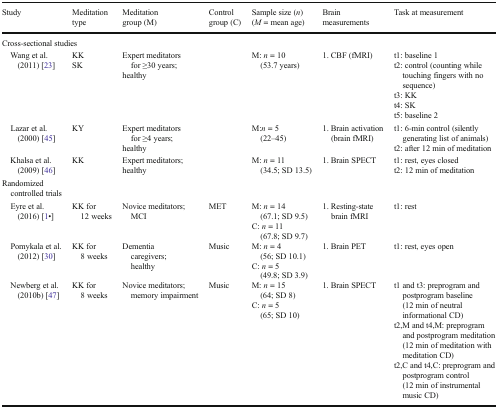
<table><thead><tr><td><b>Study</b></td><td><b>Meditation type</b></td><td><b>Meditation group (M)</b></td><td><b>Control group (C)</b></td><td><b>Sample size (<i>n</i>) (<i>M</i> = mean age)</b></td><td><b>Brain measurements</b></td><td><b>Task at measurement</b></td></tr></thead><tbody><tr><td colspan="7">Cross-sectional studies</td></tr><tr><td> Wang et al. (2011) [23]</td><td>KKSK</td><td>Expert meditators for ≥30 years;healthy</td><td></td><td>M: <i>n</i> = 10 (53.7 years)</td><td>1. CBF (fMRI)</td><td>t1: baseline 1t2: control (counting while touching fingers with no sequence)t3: KKt4: SKt5: baseline 2</td></tr><tr><td> Lazar et al. (2000) [45]</td><td>KY</td><td>Expert meditators for ≥4 years;healthy</td><td></td><td>M:<i>n</i> = 5 (22–45)</td><td>1. Brain activation (brain fMRI)</td><td>t1: 6-min control (silently generating list of animals)t2: after 12 min of meditation</td></tr><tr><td> Khalsa et al. (2009) [46]</td><td>KK</td><td>Expert meditators;healthy</td><td></td><td>M: <i>n</i> = 11 (34.5; SD 13.5)</td><td>1. Brain SPECT</td><td>t1: rest, eyes closedt2: 12 min of meditation</td></tr><tr><td colspan="7">Randomized controlled trials</td></tr><tr><td> Eyre et al. (2016) [1•]</td><td>KK for 12 weeks</td><td>Novice meditators; MCI</td><td>MET</td><td>M: <i>n</i> = 14 (67.1; SD 9.5)C: <i>n</i> = 11 (67.8; SD 9.7)</td><td>1. Resting-state brain fMRI</td><td>t1: rest</td></tr><tr><td> Pomykala et al. (2012) [30]</td><td>KK for 8 weeks</td><td>Dementia caregivers; healthy</td><td>Music</td><td>M: <i>n</i> = 4 (56; SD 10.1)C: <i>n</i> = 5 (49.8; SD 3.9)</td><td>1. Brain PET</td><td>t1: rest, eyes open</td></tr><tr><td> Newberg et al. (2010b) [47]</td><td>KK for 8 weeks</td><td>Novice meditators; memory impairment</td><td>Music</td><td>M: <i>n</i> = 15 (64; SD 8)C: <i>n</i> = 5 (65; SD 10)</td><td>1. Brain SPECT</td><td>t1 and t3: preprogram and postprogram baseline (12 min of neutral informational CD)t2,M and t4,M: preprogram and postprogram meditation (12 min of meditation with meditation CD)t2,C and t4,C: preprogram and postprogram control (12 min of instrumental music CD)</td></tr></tbody></table>